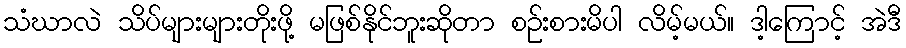
သံဃာလဲ သိပ်များများတိုးဖို့ မဖြစ်နိုင်ဘူးဆိုတာ စဉ်းစားမိပါ လိမ့်မယ်။ ဒါ့ကြောင့် အဲဒီ